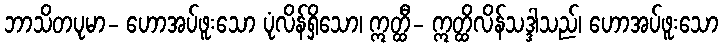
ဘာသိတပုမာ- ဟောအပ်ဖူးသော ပုံလိန်ရှိသော၊ ဣတ္ထီ- ဣတ္ထိလိန်သဒ္ဒါသည်၊ ဟောအပ်ဖူးသော